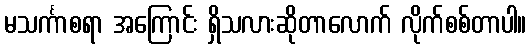
မသင်္ကာစရာ အကြောင်း ရှိသလားဆိုတာလောက် လိုက်စစ်တာပါ။